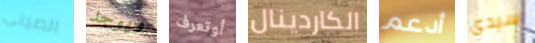
الصينى ويوجد أوتعرف الكاردينال أدعم سيدي